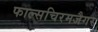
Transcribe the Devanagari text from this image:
फाल्सचिरमजैगर